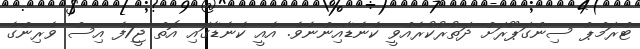
ޓްރަމްޕް ސިންގަޕޫރަށް ދަތުރުކުރެއްވީ ކެނެޑާއިންނެވެ. އެއީ ކެނެޑާގައި އޮތް ޖީ7ފެ އިސް ވެރިންގެ